65_HS1-834228961_62-HQ-83894_Section_7
Agency: FBI
Page 39
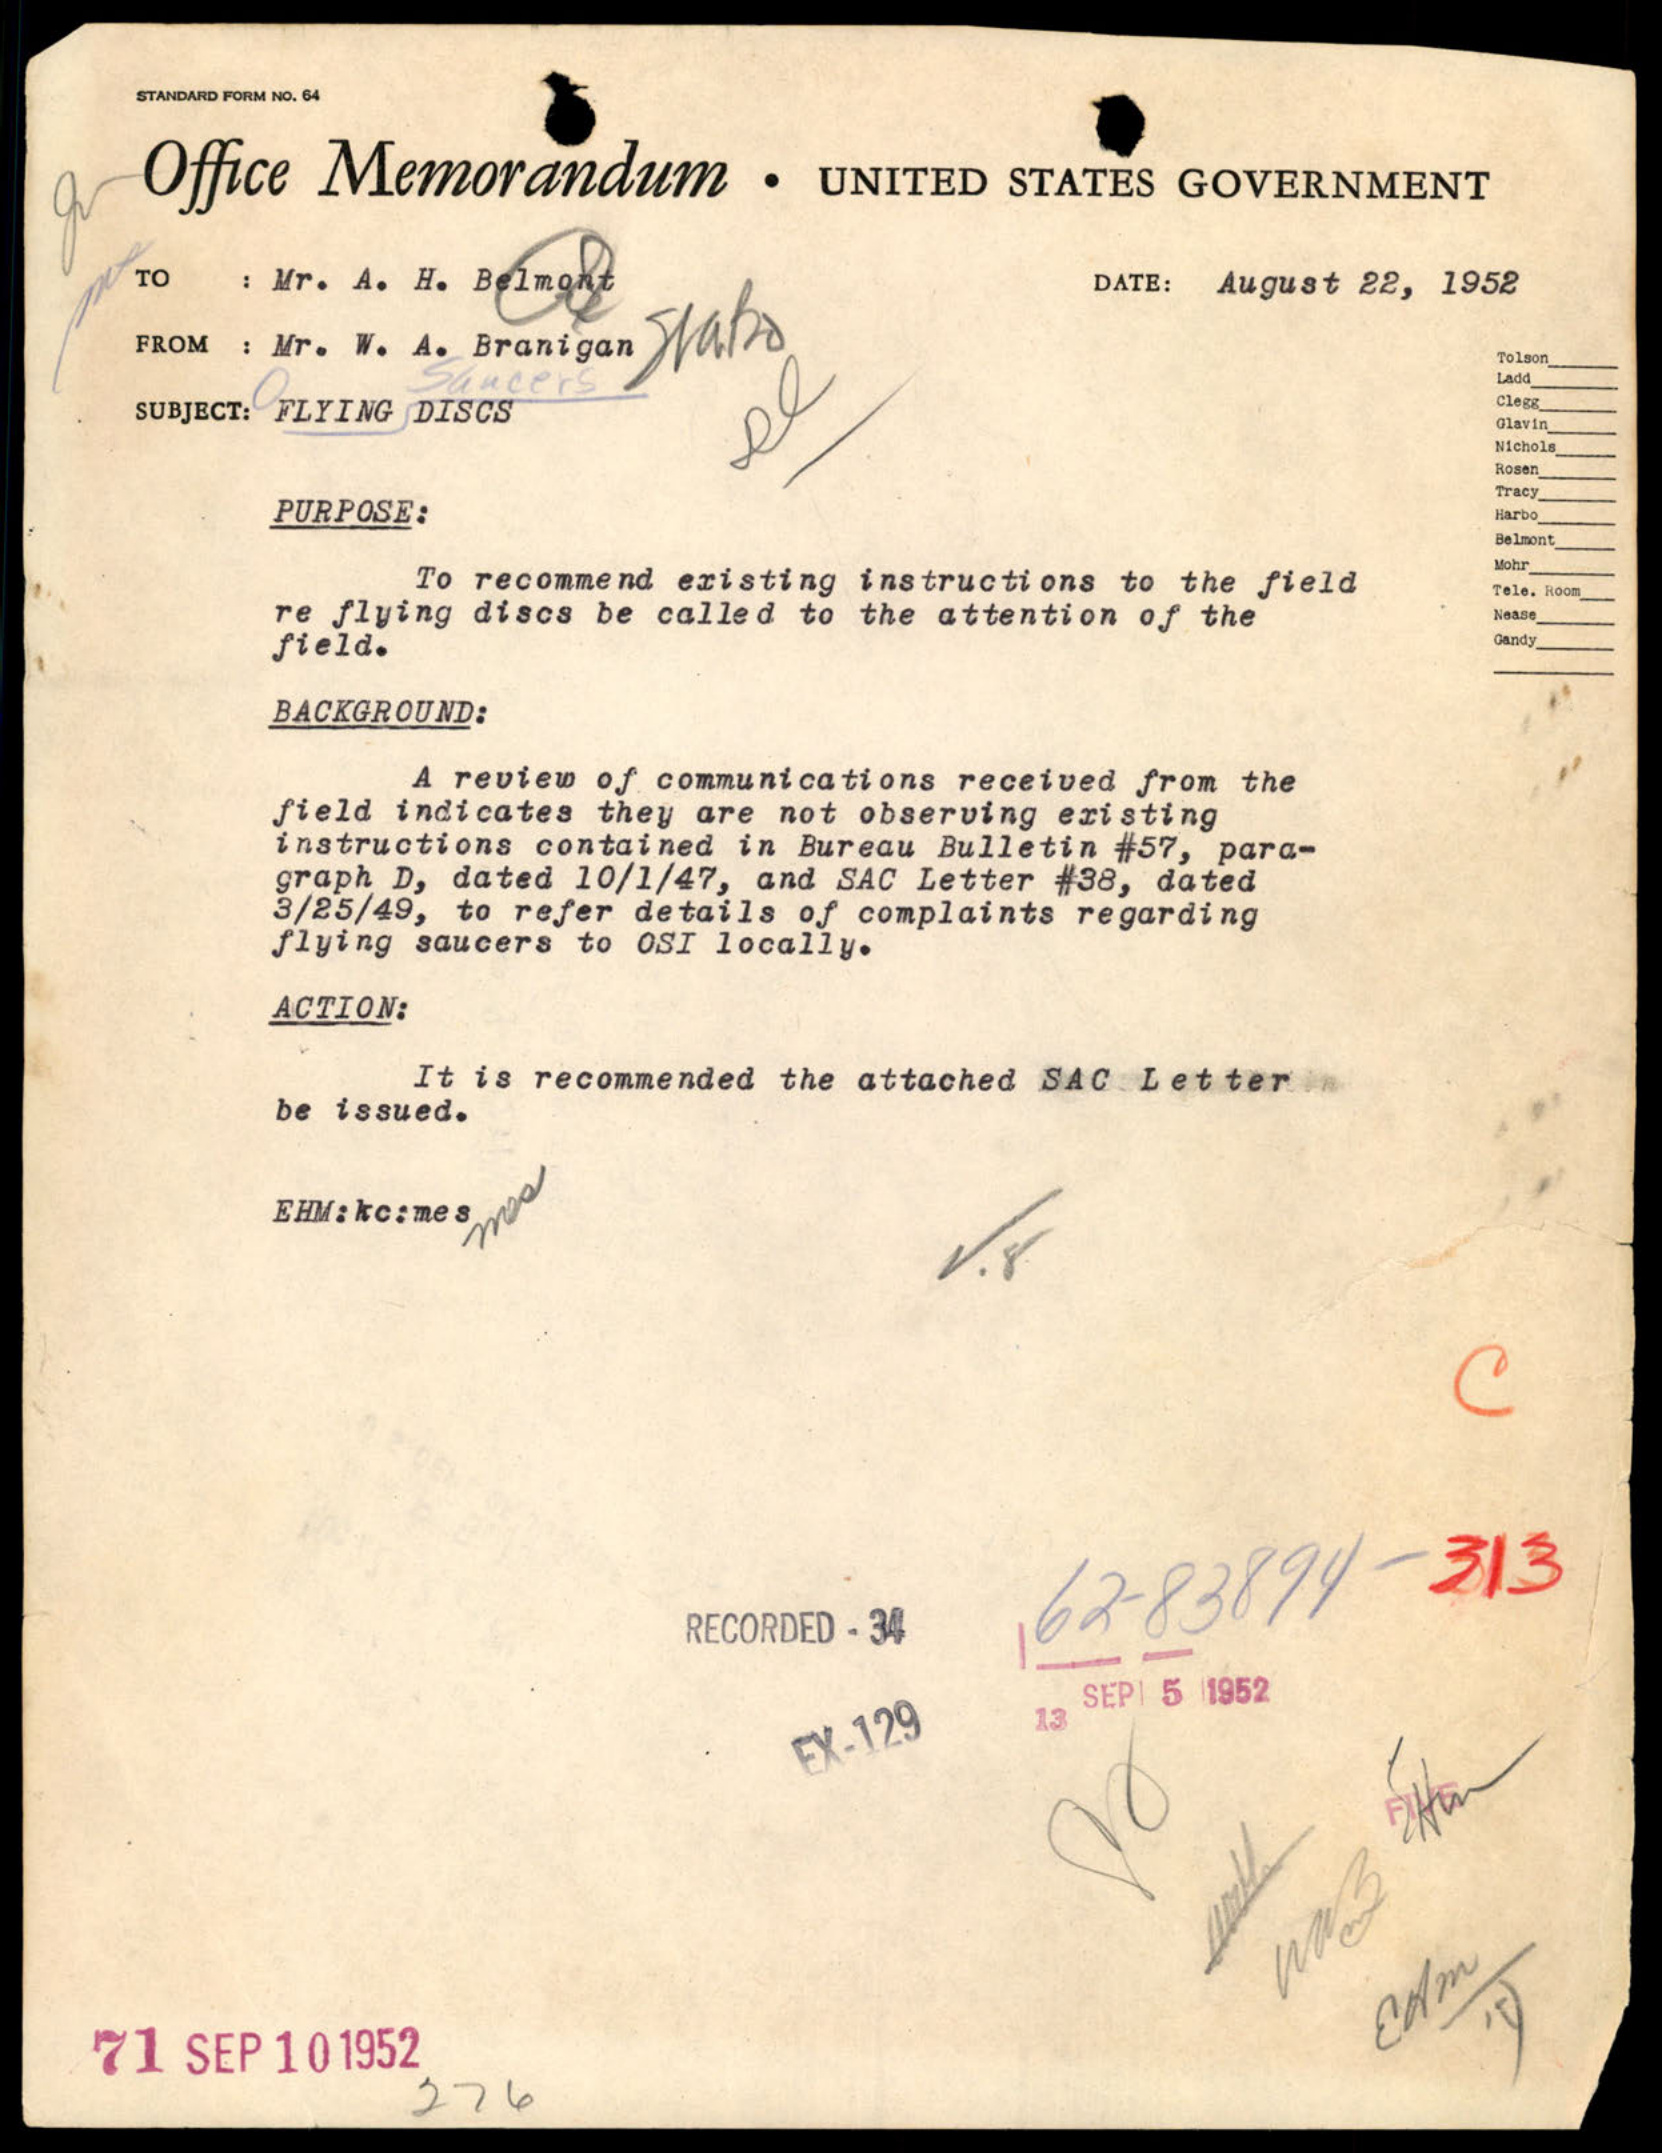